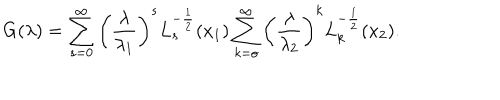
LaTeX: G ( \lambda ) = \sum _ { s = 0 } ^ { \infty } \left( \frac { \lambda } { \lambda _ { 1 } } \right) ^ { s } L _ { s } ^ { - \frac 1 2 } ( x _ { 1 } ) \sum _ { k = o } ^ { \infty } \left( \frac { \lambda } { \lambda _ { 2 } } \right) ^ { k } L _ { k } ^ { - \frac 1 2 } ( x _ { 2 } ) .